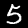
Digit: 5